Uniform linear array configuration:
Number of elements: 16
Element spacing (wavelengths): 0.25
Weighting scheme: cosine
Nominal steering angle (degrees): -45
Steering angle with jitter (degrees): -43.796
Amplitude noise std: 0.05
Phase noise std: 0.05

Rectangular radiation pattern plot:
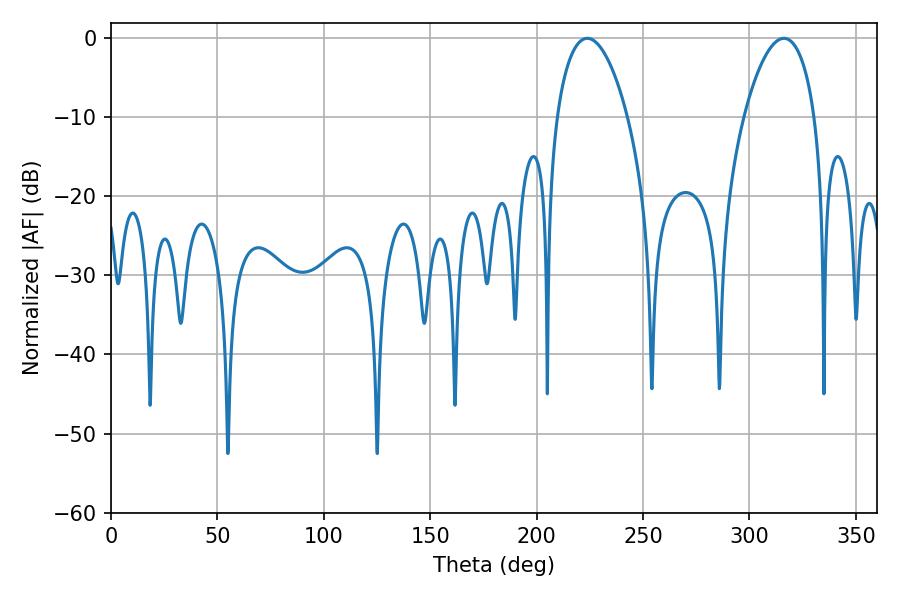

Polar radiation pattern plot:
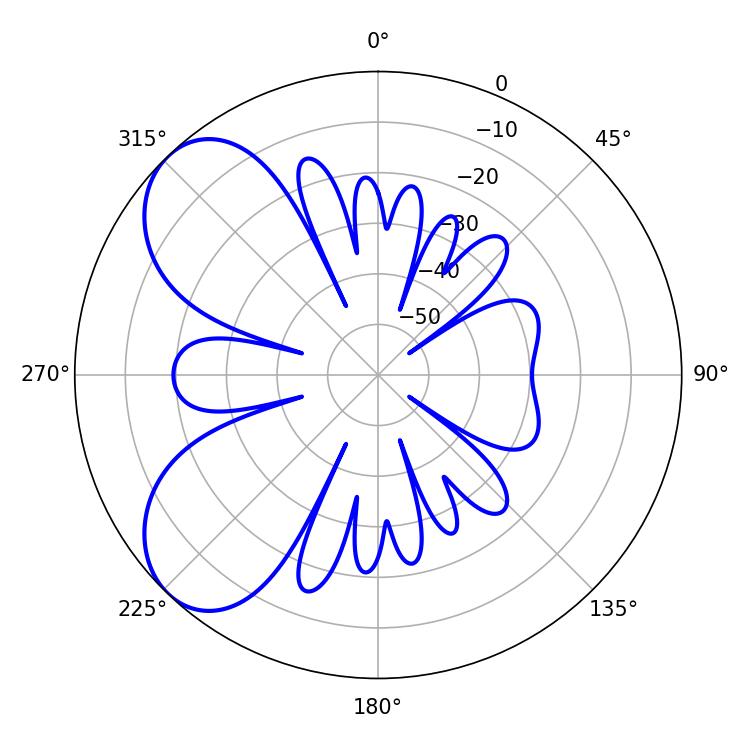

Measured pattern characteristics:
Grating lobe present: FALSE
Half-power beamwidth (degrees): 18.72
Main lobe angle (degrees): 223.74